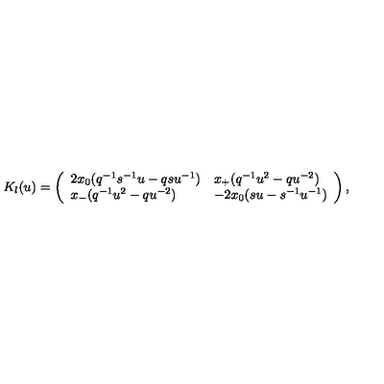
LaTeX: K _ { l } ( u ) = \left( \begin{array} { l l } { 2 x _ { 0 } ( q ^ { - 1 } s ^ { - 1 } u - q s u ^ { - 1 } ) } & { x _ { + } ( q ^ { - 1 } u ^ { 2 } - q u ^ { - 2 } ) } \\ { x _ { - } ( q ^ { - 1 } u ^ { 2 } - q u ^ { - 2 } ) } & { - 2 x _ { 0 } ( s u - s ^ { - 1 } u ^ { - 1 } ) } \\ \end{array} \right) ,